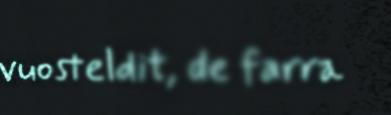
vuosteldit, de farra